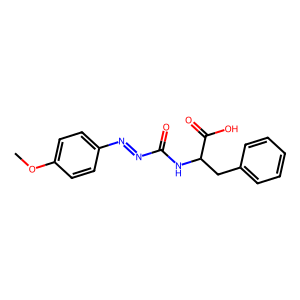
SMILES: COc1ccc(N=NC(=O)NC(Cc2ccccc2)C(=O)O)cc1
Inhibits HIV replication: No